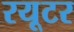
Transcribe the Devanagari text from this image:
रयूटर